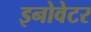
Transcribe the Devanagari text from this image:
इनोवेटर